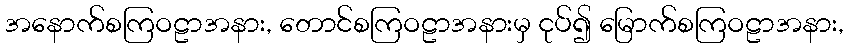
အနောက်စကြဝဠာအနား, တောင်စကြဝဠာအနားမှ ငုပ်၍ မြောက်စကြဝဠာအနား,